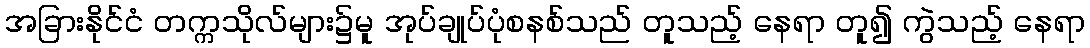
အခြားနိုင်ငံ တက္ကသိုလ်များ၌မူ အုပ်ချုပ်ပုံစနစ်သည် တူသည့် နေရာ တူ၍ ကွဲသည့် နေရာ